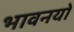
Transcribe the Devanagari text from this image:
भावनयों